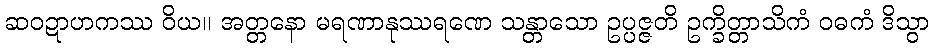
ဆဝဍာဟကဿ ဝိယ။ အတ္တနော မရဏာနုဿရဏေ သန္တာသော ဥပ္ပဇ္ဇတိ ဥက္ခိတ္တာသိကံ ဝဓကံ ဒိသွာ